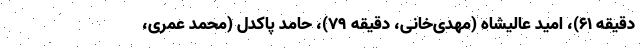
دقیقه ۶۱)، امید عالیشاه (مهدی‌خانی، دقیقه ۷۹)، حامد پاکدل (محمد عمری،